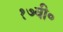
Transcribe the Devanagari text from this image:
१७वी०